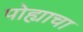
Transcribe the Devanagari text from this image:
पोह्याचा